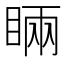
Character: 𥇑